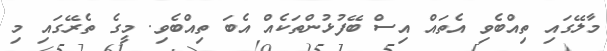
މާލޭގައި ތިއްބެވި އެތައް އިސް ބޭފުޅުންތަކެއް އެބަ ތިއްބެވި. މީގެ ތެރޭގައި މި